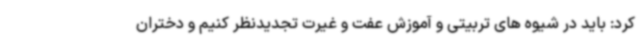
کرد: باید در شیوه های تربیتی و آموزش عفت و غیرت تجدیدنظر کنیم و دختران